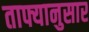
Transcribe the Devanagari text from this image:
ताफ्यानुसार